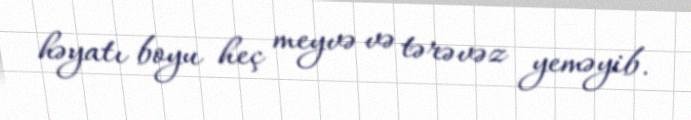
həyatı boyu heç meyvə və tərəvəz yeməyib.